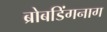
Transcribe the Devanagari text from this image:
ब्रोबडिंगनाग